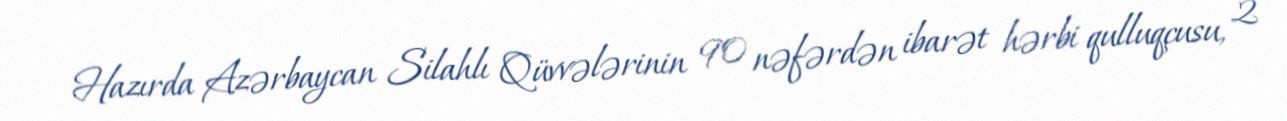
Hazırda Azərbaycan Silahlı Qüvvələrinin 90 nəfərdən ibarət hərbi qulluqçusu, 2